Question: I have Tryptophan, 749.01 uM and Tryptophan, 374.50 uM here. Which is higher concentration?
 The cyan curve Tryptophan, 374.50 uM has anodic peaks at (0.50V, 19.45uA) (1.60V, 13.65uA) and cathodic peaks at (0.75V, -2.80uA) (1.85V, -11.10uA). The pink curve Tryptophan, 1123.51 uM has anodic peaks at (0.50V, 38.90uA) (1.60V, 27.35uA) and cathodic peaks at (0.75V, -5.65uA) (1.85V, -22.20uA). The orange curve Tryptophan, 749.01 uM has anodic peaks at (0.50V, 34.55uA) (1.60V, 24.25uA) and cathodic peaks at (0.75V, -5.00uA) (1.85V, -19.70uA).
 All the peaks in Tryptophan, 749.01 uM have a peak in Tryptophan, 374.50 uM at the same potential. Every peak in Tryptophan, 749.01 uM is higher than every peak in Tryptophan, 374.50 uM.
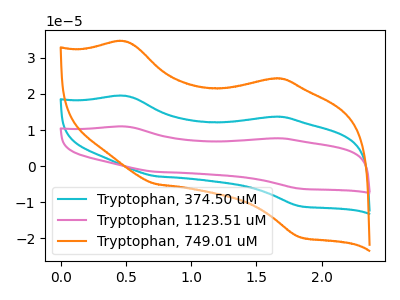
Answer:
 <answer>"Tryptophan, 749.01 uM" has more signal than "Tryptophan, 374.50 uM" and so likely has a higher concentration.</answer>
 <eval>more_concentration</eval>